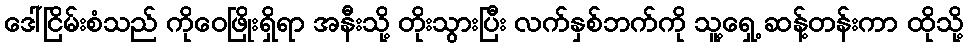
ဒေါ်ငြိမ်းစံသည် ကိုဝေဖြိုးရှိရာ အနီးသို့ တိုးသွားပြီး လက်နှစ်ဘက်ကို သူ့ရှေ့ ဆန့်တန်းကာ ထိုသို့